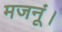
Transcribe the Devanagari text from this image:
मजनूं।